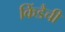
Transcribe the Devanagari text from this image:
किंडैची